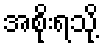
အစိုးရသို့